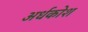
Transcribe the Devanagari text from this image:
अर्धकोश